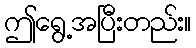
ဤရွေ့အပြီးတည်း။